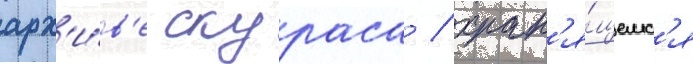
арх'и́в'е скураса / хран'я́щемс'я